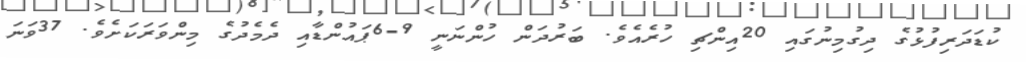
ކުޑަދަރިފުޅުގެ ދިގުމިނުގައި 20އިންޗި ހުރެއެވެ. ބަރުދަން ހުންނަނީ 9-6ޕައުންޑާއި ދެމެދުގެ މިންވަރަކަށެވެ. 37ވަނަ